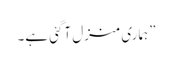
”ہماری منزل آگئی ہے۔